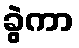
ခွဲကာ